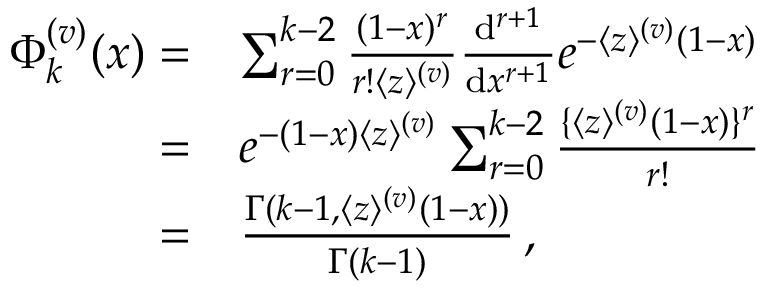
\begin{array} { r l } { \Phi _ { k } ^ { ( v ) } ( x ) = } & { \sum _ { r = 0 } ^ { k - 2 } \frac { ( 1 - x ) ^ { r } } { r ! \langle z \rangle ^ { ( v ) } } \frac { \mathrm { d } ^ { r + 1 } } { \mathrm { d } x ^ { r + 1 } } e ^ { - \langle z \rangle ^ { ( v ) } ( 1 - x ) } } \\ { = } & { e ^ { - ( 1 - x ) \langle z \rangle ^ { ( v ) } } \sum _ { r = 0 } ^ { k - 2 } \frac { \lbrace \langle z \rangle ^ { ( v ) } ( 1 - x ) \rbrace ^ { r } } { r ! } } \\ { = } & { \frac { \Gamma ( k - 1 , \langle z \rangle ^ { ( v ) } ( 1 - x ) ) } { \Gamma ( k - 1 ) } \, , } \end{array}